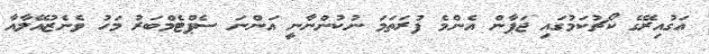
އަގުއިރޭގެ ކޯޗުކަމުގައި ޖަޕާން އެންމެ ފުރަތަމަ ނުކުންނާނީ އަންނަ ސެޕްޓެމްބަރު މަހު ވެނެޒުއޭލާއާ